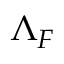
\Lambda _ { F }